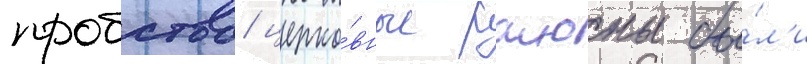
пробства/ церко́вные раионы бы́л'и